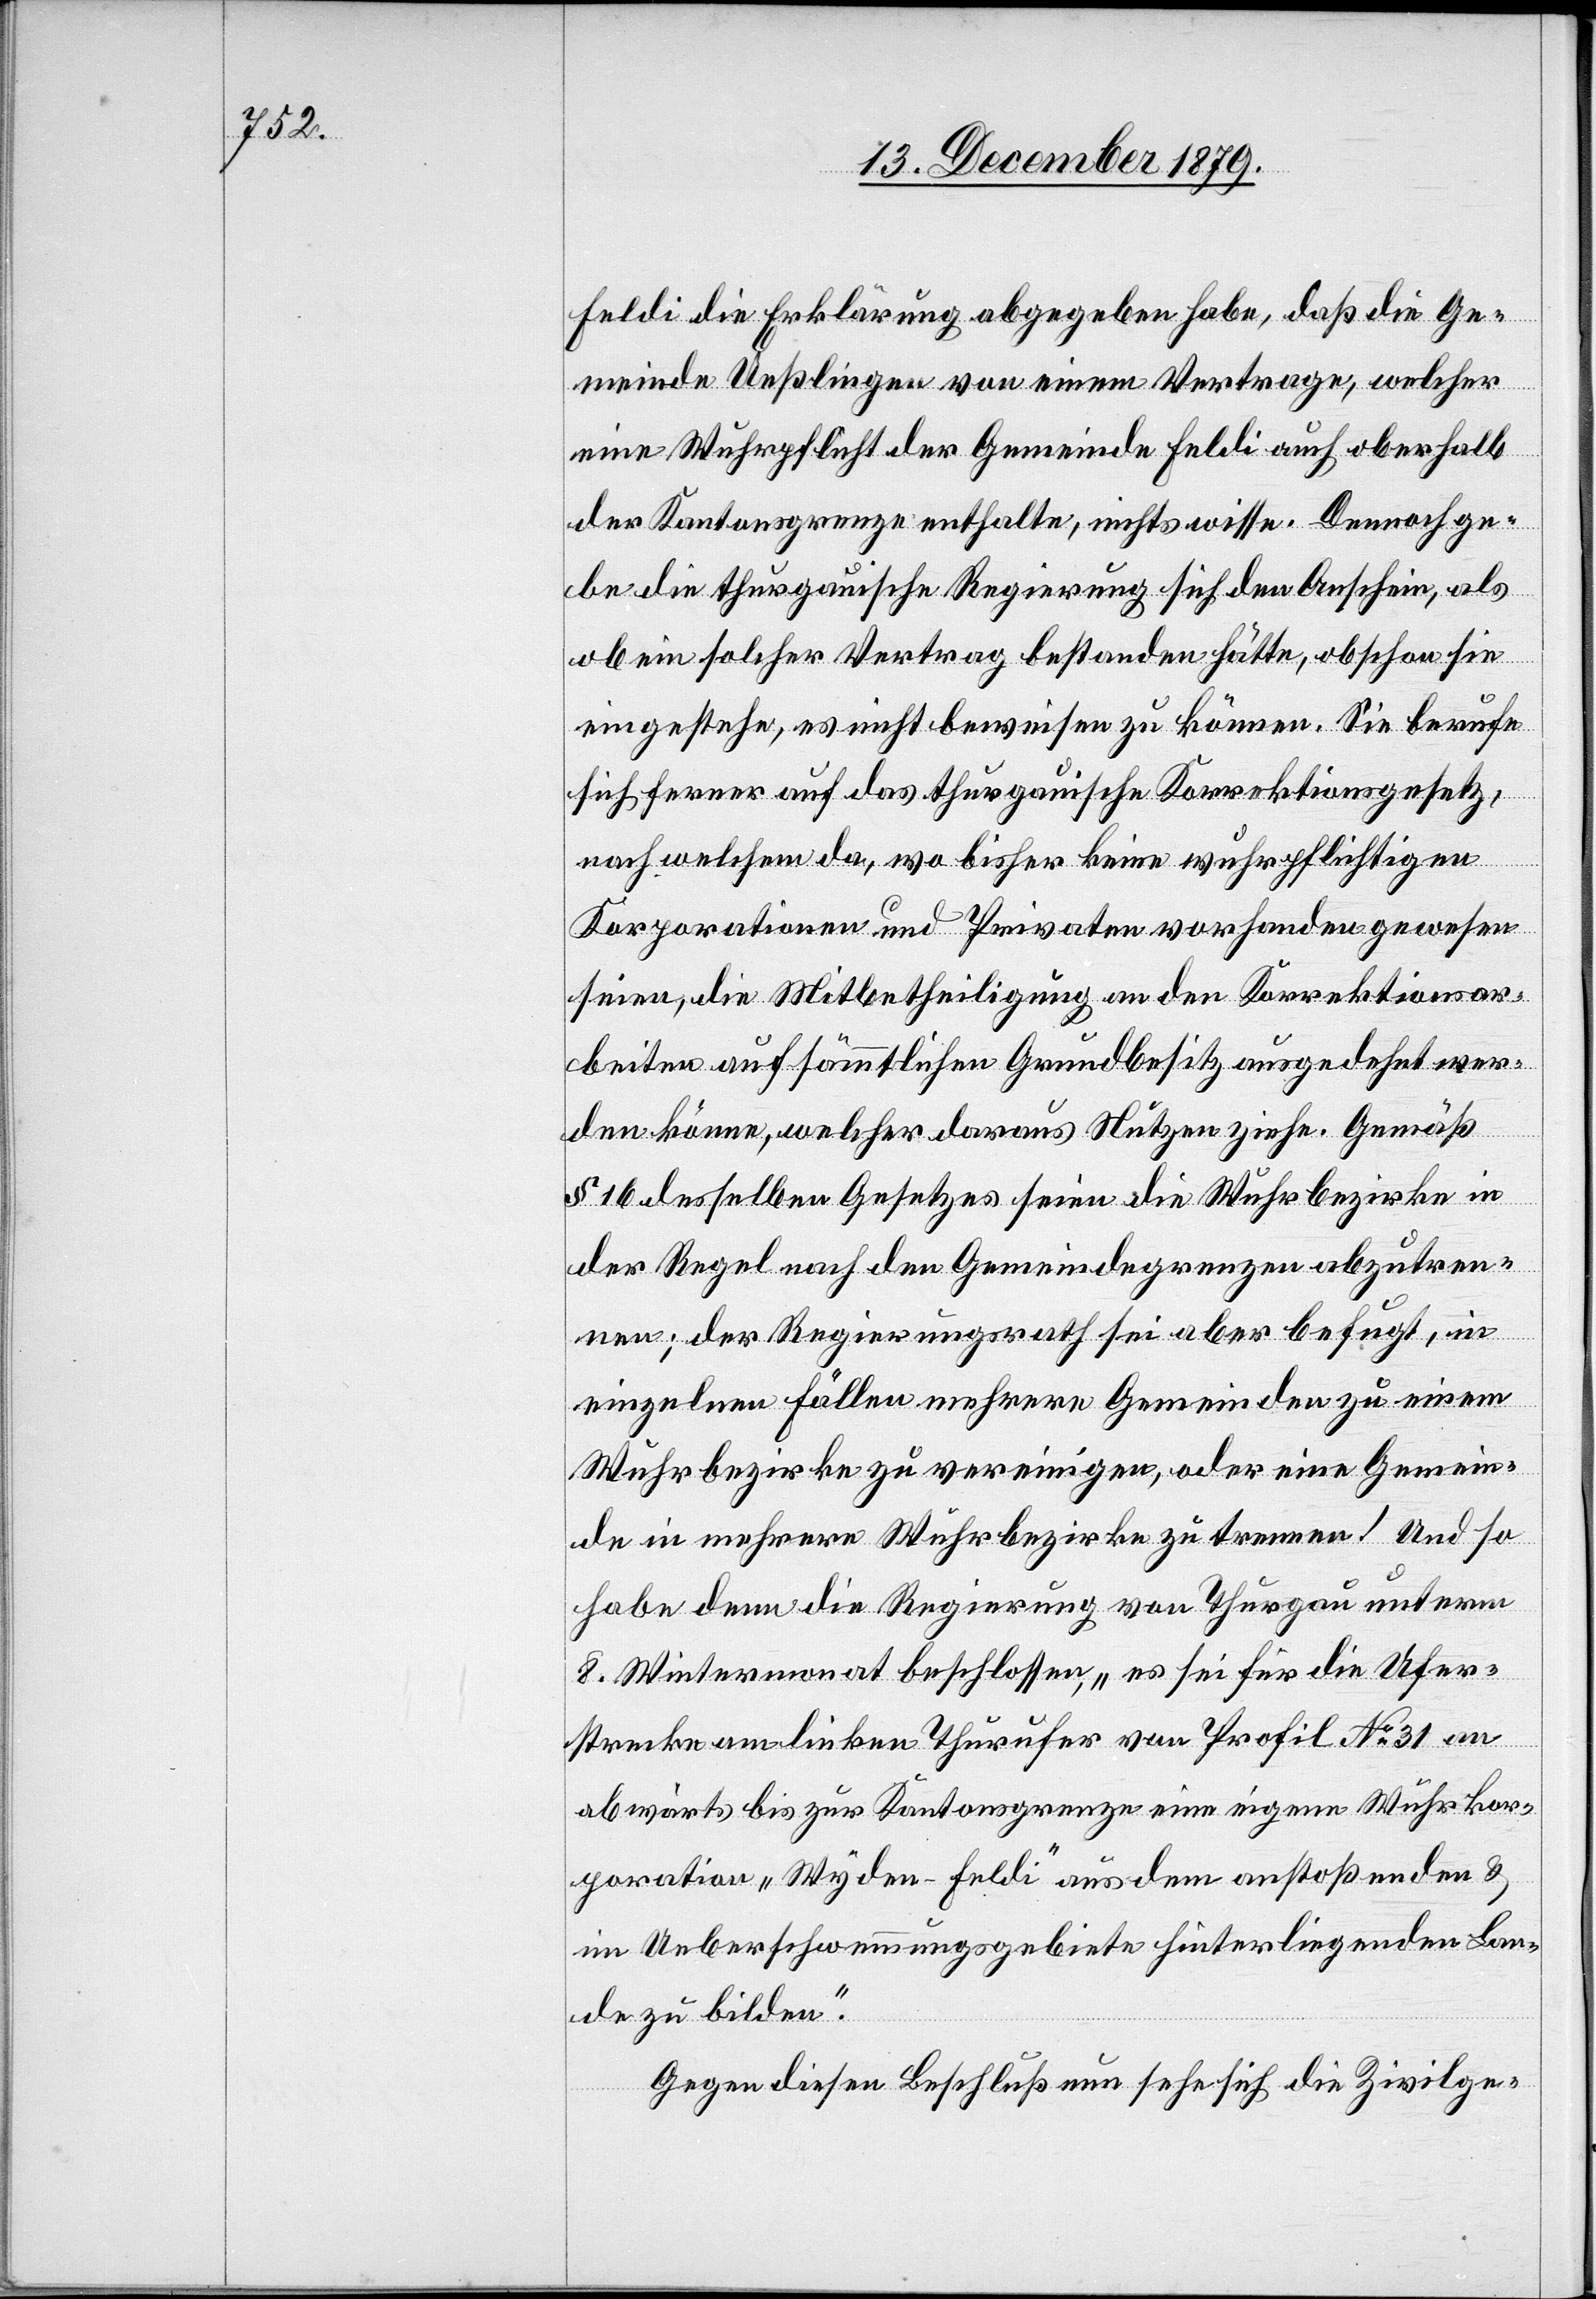
Feldi die Erklärung abgegeben habe, daß die Ge¬
meinde Ueßlingen von einem Vertrage, welcher
eine Wuhrpflicht der Gemeinde Feldi auch oberhalb
der Kantonsgrenze enthalte, nichts wisse. Dennoch ge¬
be die thurgauische Regierung sich den Anschein, als
ob ein solcher Vertrag bestanden hätte, obschon sie
eingestehe, es nicht beweisen zu können. Sie berufe
sich ferner auf das thurgauische Korrektionsgesetz,
nach welchem da, wo bisher keine wuhrpflichtigen
Korporationen und Privaten vorhanden gewesen
seien, die Mitbetheiligung an den Korrektionsar¬
beiten auf sämmtlichen Grundbesitz ausgedehnt wer¬
den könne, welcher daraus Nutzen ziehe. Gemäß
§ 16 desselben Gesetzes seien die Wuhrbezirke in
der Regel nach den Gemeindegrenzen abzutren¬
nen; der Regierungsrath sei aber befugt, in
einzelnen Fällen mehrere Gemeinden zu einem
Wuhrbezirke zu vereinigen, oder eine Gemein¬
de in mehrere Wuhrbezirke zu trennen! Und so
habe denn die Regierung von Thurgau unterm
8. Wintermonat beschlossen, „es sei für die Ufer¬
strecke am linken Thurufer von Profil No 31 an
abwärts bis zur Kantonsgrenze eine eigene Wuhrkor¬
poration „Wyden-Feldi“ aus dem anstoßenden &
im Ueberschwemmungsgebiet hinterliegenden Lan¬
de zu bilden“
Gegen diesen Beschluß nun sehe sich die Zivilge-